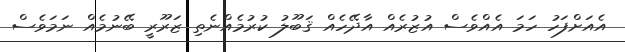
އެއަށްފަހު ހަމަ އެއްވެސް އުޒުރެއް އާދޭހެއް ޤަބޫލު ކުރުމެއްނެތި ޒަރޫރީ ބޭނުމެއް ނަމަވެސް